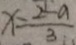
x = \frac { 2 - a } { 3 }